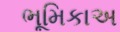
ભૂમિકાઅ